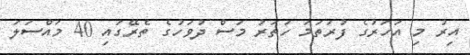
އިރު މި އަހަރުގެ ފުރަތަމަ ހަތަރު މަސް ދުވަހުގެ ތެރޭގައި 40 މައްސަލަ